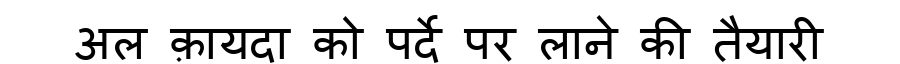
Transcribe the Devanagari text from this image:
अल क़ायदा को पर्दे पर लाने की तैयारी